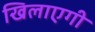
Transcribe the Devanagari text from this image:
खिलाएगी